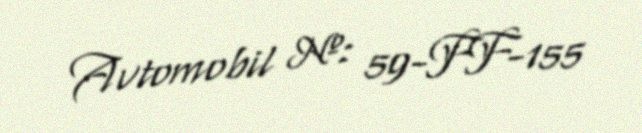
Avtomobil №: 59-FF-155